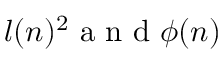
l ( n ) ^ { 2 } \mathrm { ~ a ~ n ~ d ~ } \phi ( n )